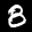
Label: 8